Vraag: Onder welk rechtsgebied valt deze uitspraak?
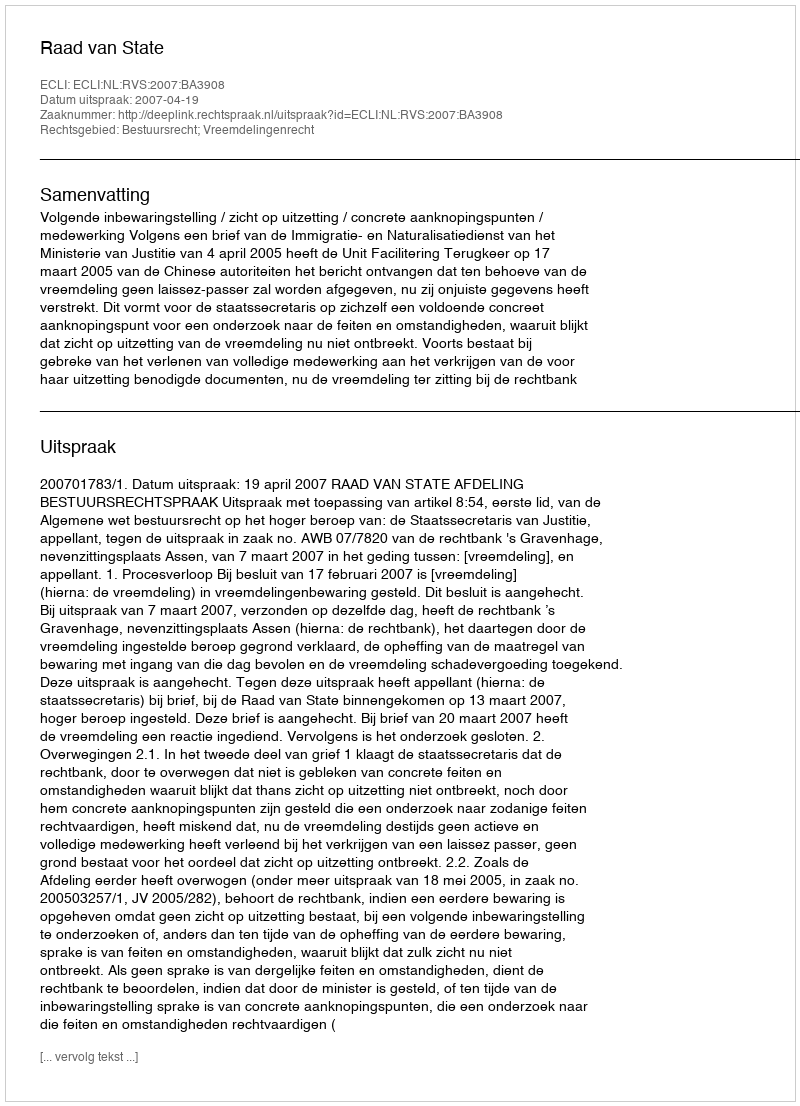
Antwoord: Bestuursrecht; Vreemdelingenrecht